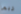
ربما